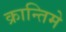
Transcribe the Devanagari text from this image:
क्रान्तिमे